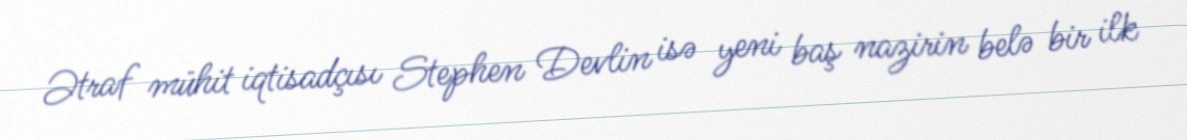
Ətraf mühit iqtisadçısı Stephen Devlin isə yeni baş nazirin belə bir ilk